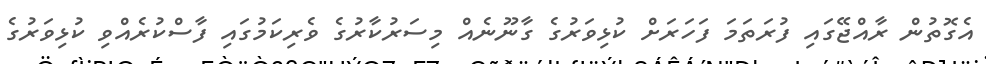
އެގޮތުން ރާއްޖޭގައި ފުރަތަމަ ފަހަރަށް ކުޅިވަރުގެ ގާނޫނެއް މިސަރުކާރުގެ ވެރިކަމުގައި ފާސްކުރެއްވި ކުޅިވަރުގެ